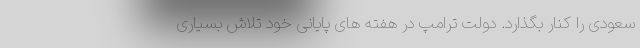
سعودی را کنار بگذارد. دولت ترامپ در هفته های پایانی خود تلاش بسیاری